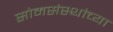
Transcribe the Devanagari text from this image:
सोमसंस्थांच्या